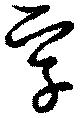
孚